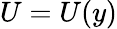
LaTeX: U=U(y)